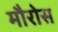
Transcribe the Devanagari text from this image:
मौरोस